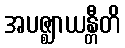
အပဇ္ဈာယန္တီတိ